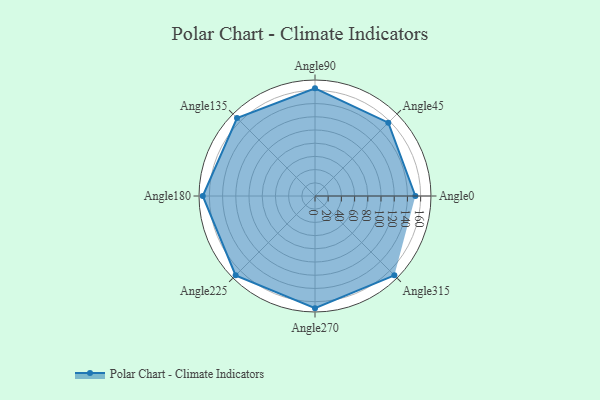
{"axis": {"x": "Angle", "y": "Radius"}, "legend": [""], "data": [{"x": "Angle0", "y": 152.0, "type": ""}, {"x": "Angle45", "y": 157.0, "type": ""}, {"x": "Angle90", "y": 163.0, "type": ""}, {"x": "Angle135", "y": 167.0, "type": ""}, {"x": "Angle180", "y": 170, "type": ""}, {"x": "Angle225", "y": 170, "type": ""}, {"x": "Angle270", "y": 170.0, "type": ""}, {"x": "Angle315", "y": 170, "type": ""}]}